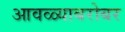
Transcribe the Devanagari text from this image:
आवळ्याबरोबर